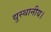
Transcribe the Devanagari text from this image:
द्युस्थानीय।